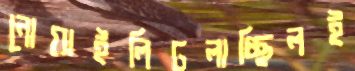
নোয়াইলিঢলাচ্ছিলই